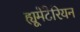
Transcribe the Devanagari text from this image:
ह्यूमेंटेरियन